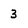
Character: 3